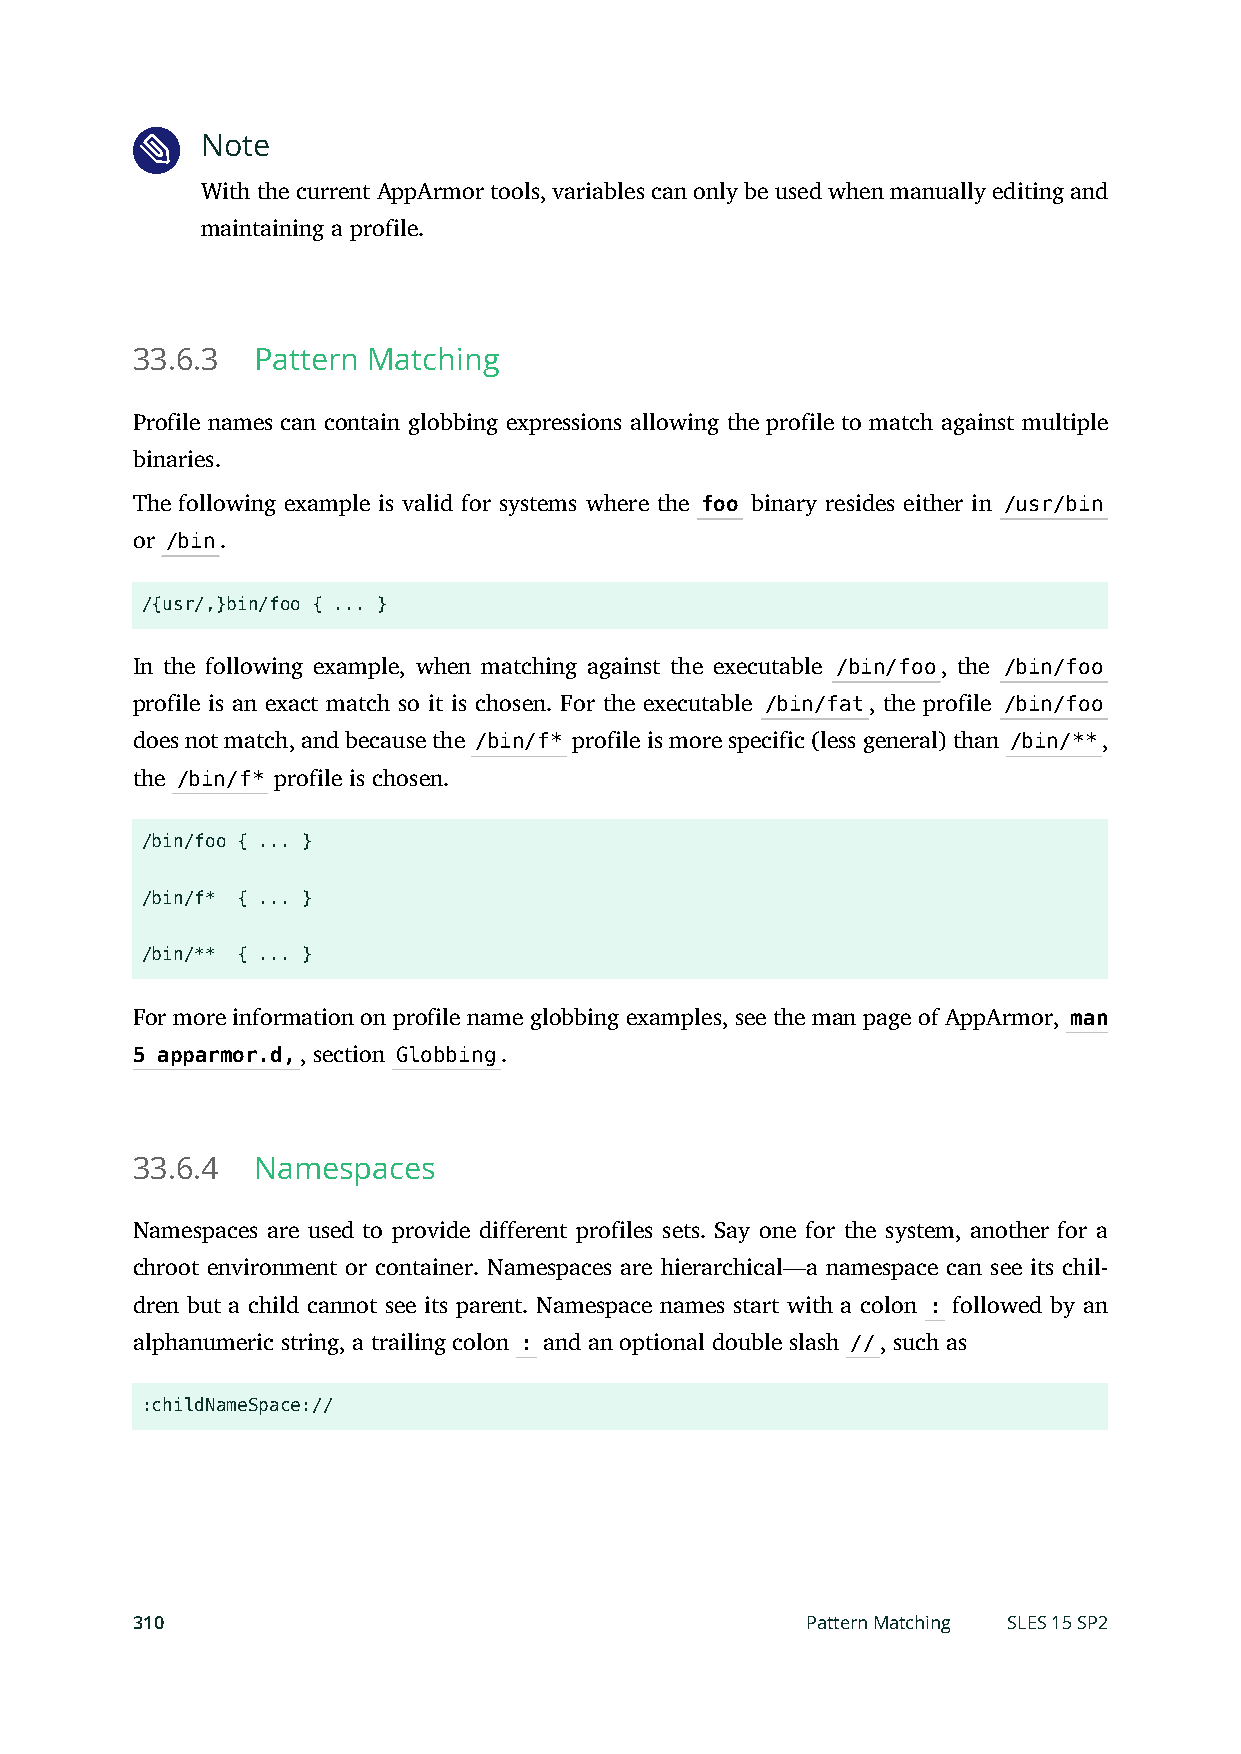
Note
 With the current AppArmor tools, variables can only be used when manually editing and
 maintaining a profile.
 33.6.3  Pattern Matching
 Profile names can contain globbing expressions allowing the profile to match against multiple
 binaries.
 The following example is valid for systems where the foo binary resides either in /usr/bin
 or /bin.
 /{usr/,}bin/foo { ... }
 In the following example, when matching against the executable /bin/foo, the /bin/foo
 profile is an exact match so it is chosen. For the executable /bin/fat, the profile /bin/foo
 does not match, and because the /bin/f* profile is more specific (less general) than /bin/**,
 the /bin/f* profile is chosen.
 /bin/foo { ... }
 /bin/f* { ... }
 /bin/** { ... }
 For more information on profile name globbing examples, see the man page of AppArmor, man
 5 apparmor.d,, section Globbing.
 33.6.4  Namespaces
 Namespaces are used to provide different profiles sets. Say one for the system, another for a
 chroot environment or container. Namespaces are hierarchical—a namespace can see its chil-
 dren but a child cannot see its parent. Namespace names start with a colon : followed by an
 alphanumeric string, a trailing colon : and an optional double slash //, such as
 :childNameSpace://
 310                                         Pattern Matching SLES 15 SP2